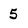
Character: 5